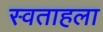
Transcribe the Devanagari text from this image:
स्वताहला